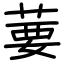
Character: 葽